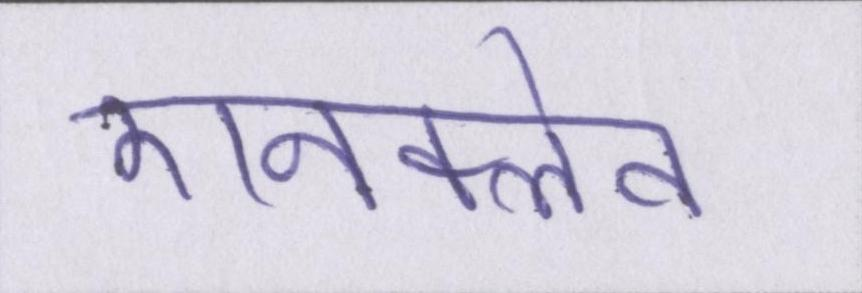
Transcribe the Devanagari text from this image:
एनक्लेव